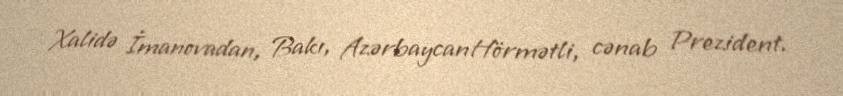
Xalidə İmanovadan, Bakı, AzərbaycanHörmətli, cənab Prezident.